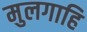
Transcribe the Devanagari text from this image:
मुलगाहि